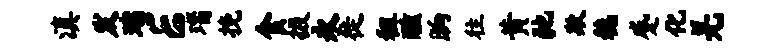
滇发瑞E瑙挽食掇永徙租醺晌往黄弛欺稳蹙化羌